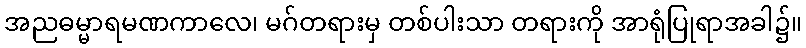
အညဓမ္မာရမဏကာလေ၊ မဂ်တရားမှ တစ်ပါးသာ တရားကို အာရုံပြုရာအခါ၌။